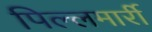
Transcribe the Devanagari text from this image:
पिल्‍लमार्री